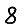
Digit: 8